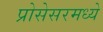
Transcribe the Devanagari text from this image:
प्रोसेसरमध्ये